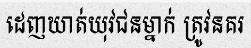
ដេញឃាត់យុវជនម្នាក់ ត្រូវនគរ